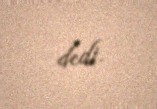
dedi.